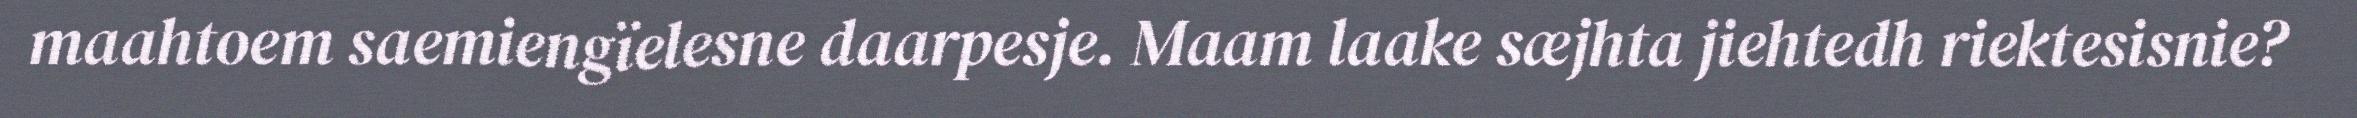
maahtoem saemiengïelesne daarpesje. Maam laake sæjhta jiehtedh riektesisnie?